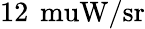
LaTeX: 12\, \mathrm{\ muW/sr}